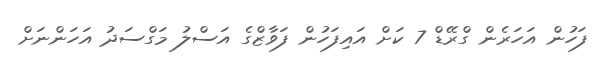
ފަހުން އަހަރެން ގްރޭޑް 7 ކަށް އައިފަހުން ފަވާޒްގެ އަސްލު މަގްސަދު އަހަންނަށް